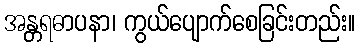
အန္တရဓာပနာ၊ ကွယ်ပျောက်စေခြင်းတည်း။